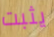
يثبت